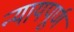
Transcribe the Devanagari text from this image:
न्‍यायपूर्ण